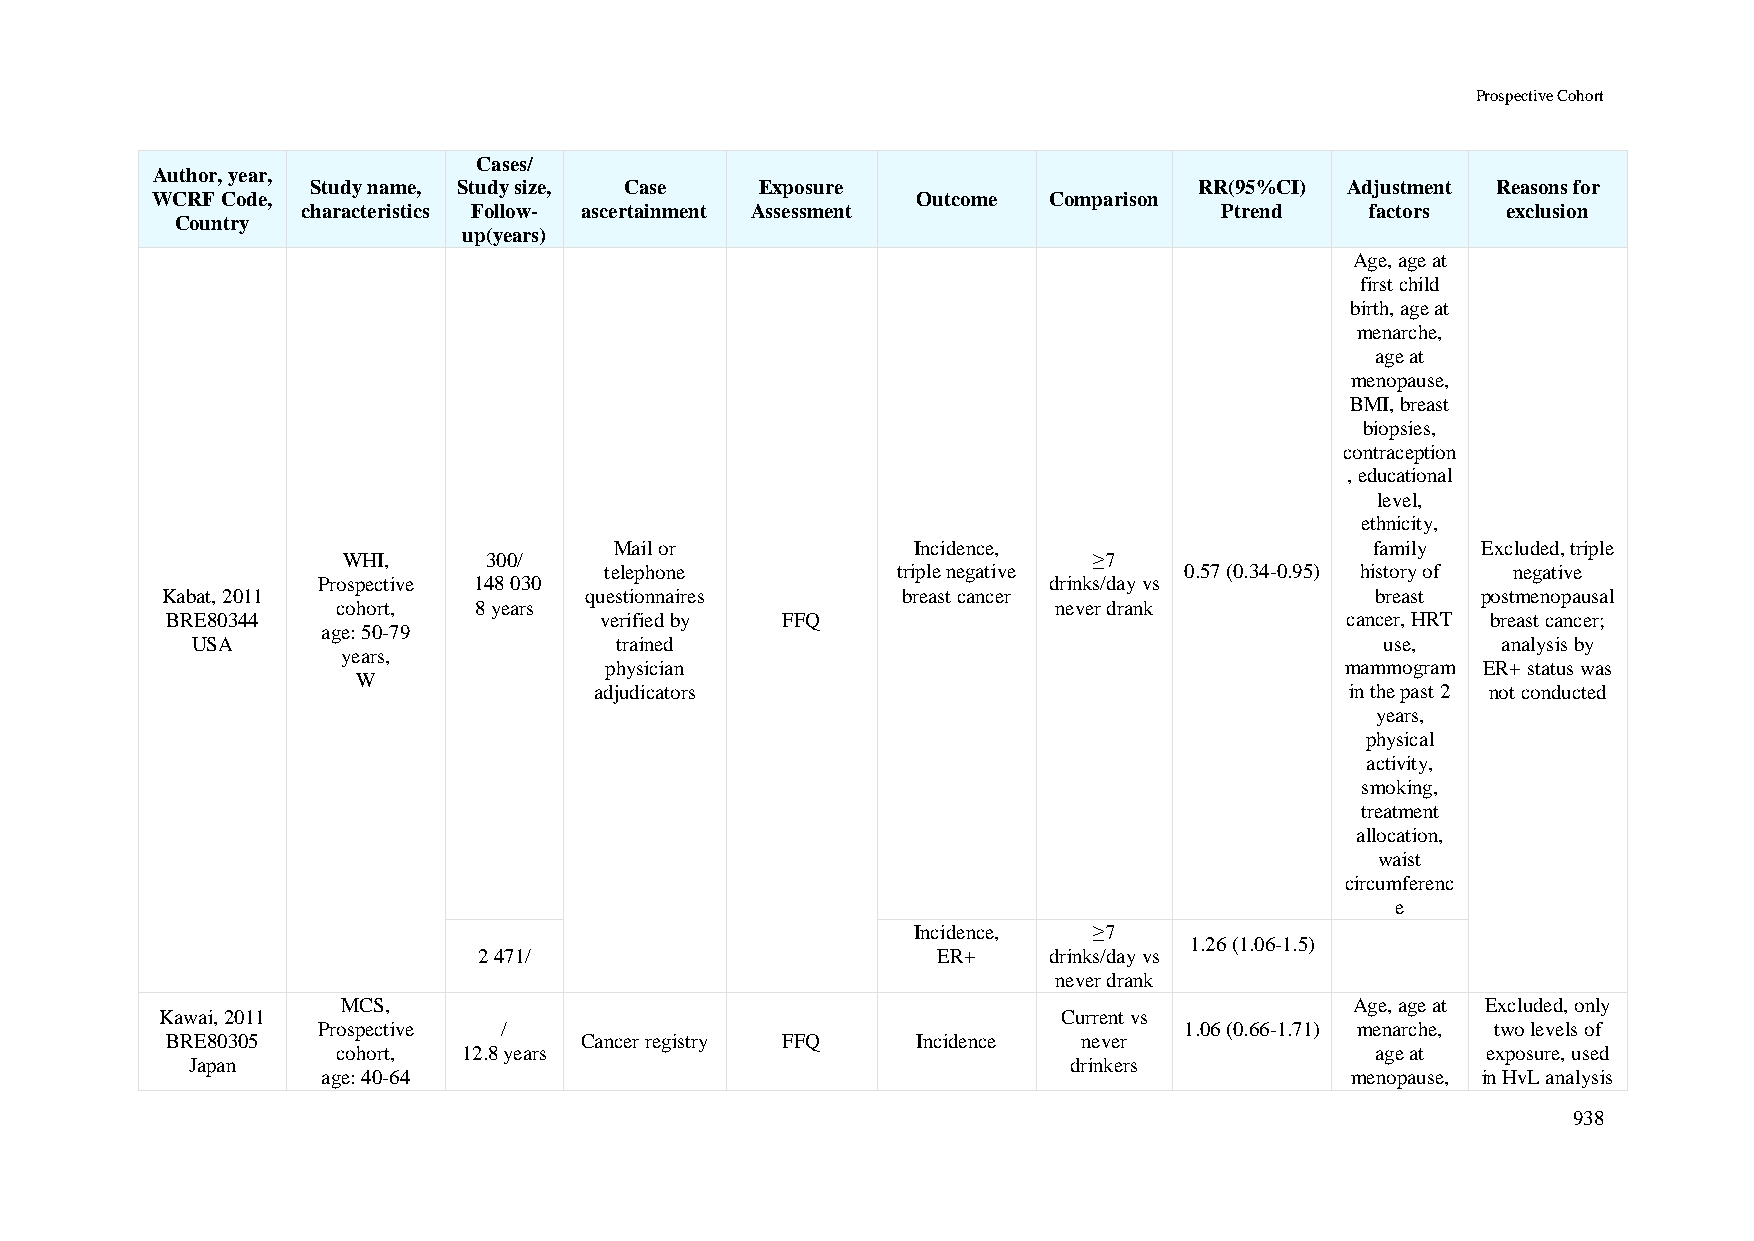
Prospective Cohort
 Cases/
 Author, year,
 Study name, Study size, Case Exposure                     RR(95%CI) Adjustment Reasons for
 WCRF Code,                                         Outcome Comparison
 characteristics Follow- ascertainment Assessment             Ptrend    factors  exclusion
 Country
 up(years)
 Age, age at
 first child
 birth, age at
 menarche,
 age at
 menopause,
 BMI, breast
 biopsies,
 contraception
 , educational
 level,
 ethnicity,
 Mail or            Incidence,                     family Excluded, triple
 WHI,     300/                                    ≥7
 telephone          triple negative    0.57 (0.34-0.95) history of negative
 Prospective 148 030                             drinks/day vs
 Kabat, 2011                 questionnaires       breast cancer                  breast postmenopausal
 cohort,  8 years                                never drank
 BRE80344                     verified by FFQ                                  cancer, HRT breast cancer;
 age: 50-79
 USA                         trained                                            use,   analysis by
 years,
 physician                                        mammogram ER+ status was
 W
 adjudicators                                      in the past 2 not conducted
 years,
 physical
 activity,
 smoking,
 treatment
 allocation,
 waist
 circumferenc
 e
 Incidence,  ≥7
 1.26 (1.06-1.5)
 2 471/                        ER+    drinks/day vs
 never drank
 MCS,                                                               Age, age at Excluded, only
 Kawai, 2011                                                Current vs
 Prospective /                                            1.06 (0.66-1.71) menarche, two levels of
 BRE80305                   Cancer registry FFQ    Incidence  never
 cohort,  12.8 years                                                  age at exposure, used
 Japan                                                      drinkers
 age: 40-64                                                          menopause, in HvL analysis
 938